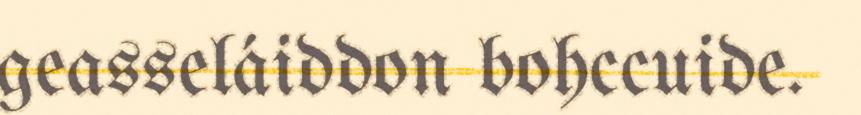
geasseláiddon bohccuide.